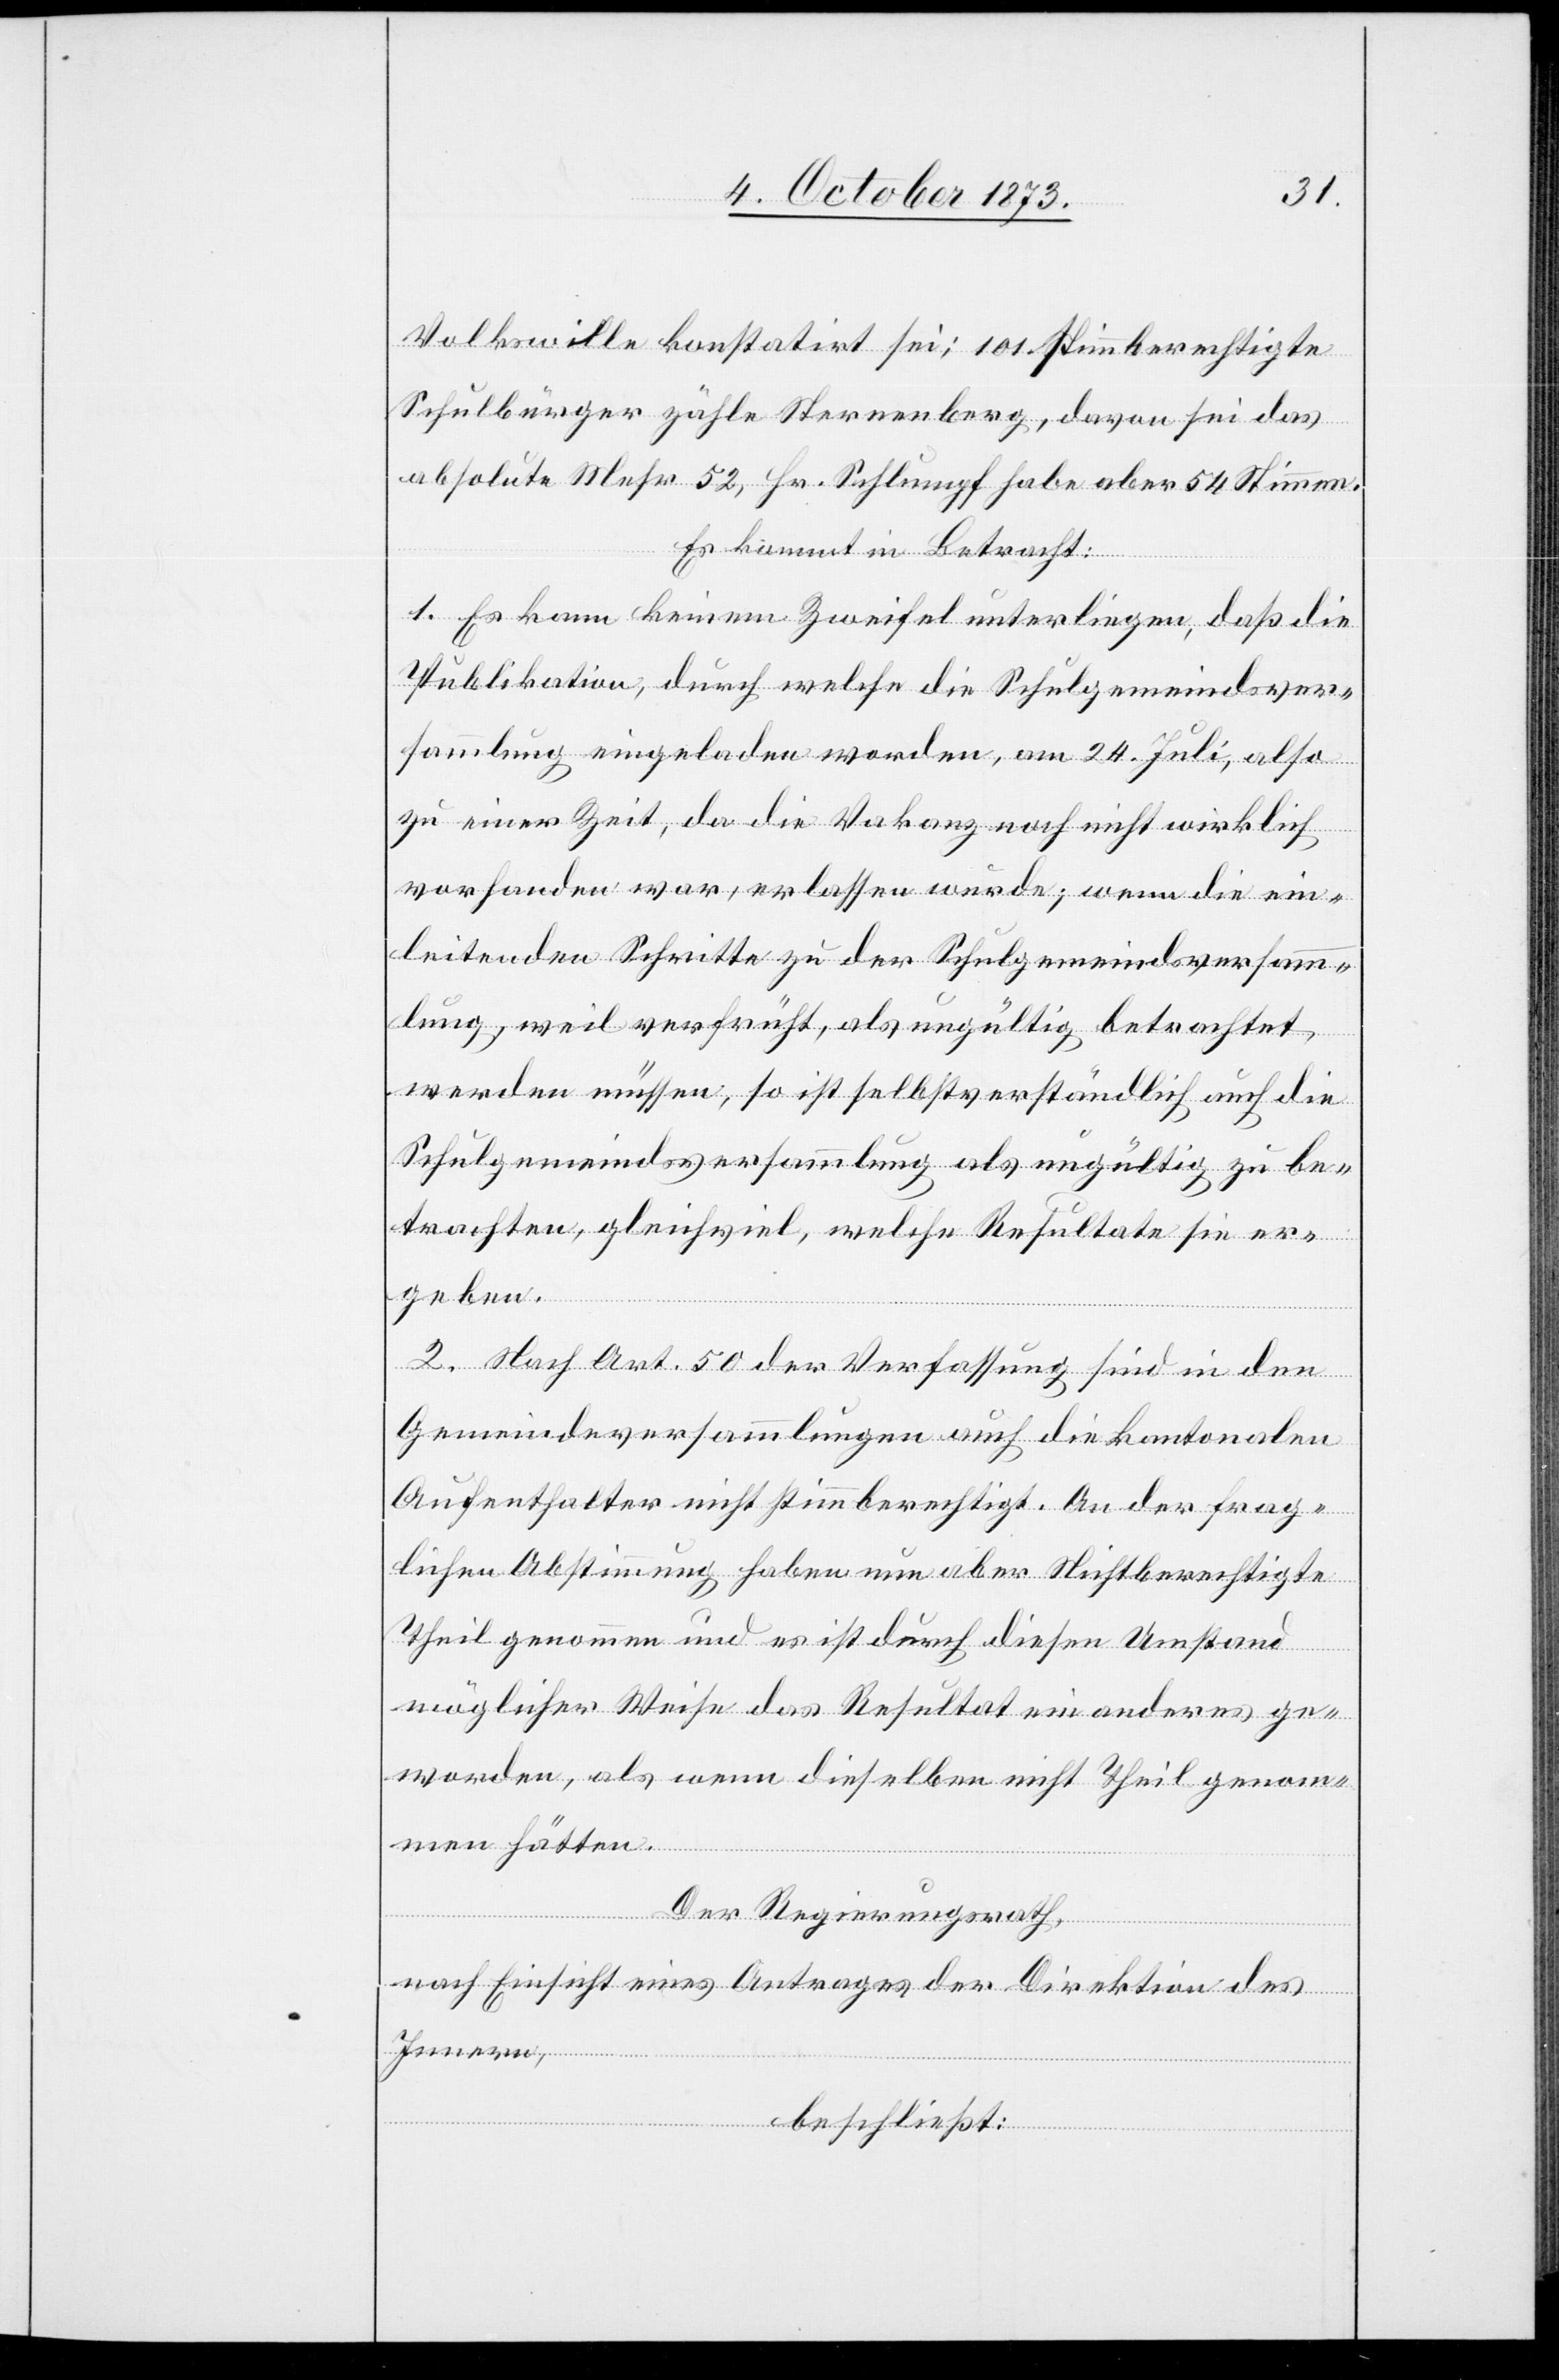
Volkswille konstatirt sei; 101 stimmberechtigte
Schulbürger zähle Sternenberg, davon sei das
absolute Mehr 52, Hr. Schlumpf habe aber 54 Stimmen.
Es kommt in Betracht:
1. Es kann keinem Zweifel unterliegen, daß die
Publikation, durch welche die Schulgemeindsver¬
sammlung eingeladen worden, am 24. Juli, also
zu einer Zeit, da die Vakanz noch nicht wirklich
vorhanden war, erlassen wurde; wenn die ein¬
leitenden Schritte zu der Schulgemeindsversamm¬
lung, weil verfrüht, als ungültig betrachtet
werden müssen, so ist selbstverständlich auch die
Schulgemeindsversammlung als ungültig zu be¬
trachten, gleichviel, welche Resultate sie er¬
geben.
2. Nach Art. 50 der Verfassung sind in den
Gemeindeversammlungen auch die kantonalen
Aufenthalter nicht stimmberechtigt. An der frag¬
lichen Abstimmung haben nun aber Nichtberechtigte
Theil genommen und es ist durch diesen Umstand
möglicher Weise das Resultat ein anderes ge¬
worden, als wenn dieselben nicht Theil genom¬
men hätten.
Der Regierungsrath,
nach Einsicht eines Antrages der Direktion des
Innern,
beschließt: